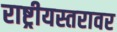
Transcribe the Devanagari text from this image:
राष्ट्रीयस्तरावर